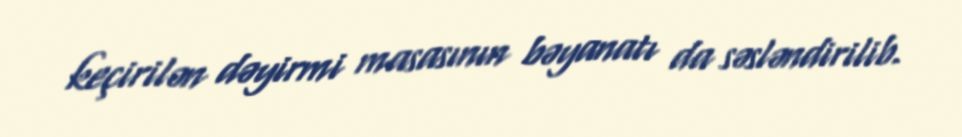
keçirilən dəyirmi masasının bəyanatı da səsləndirilib.